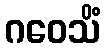
ဂဝေသိံ